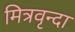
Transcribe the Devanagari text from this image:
मित्रवृन्दा